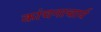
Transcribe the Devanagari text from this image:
कांचनाचार्य